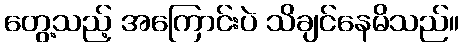
တွေ့သည့် အကြောင်းပဲ သိချင်နေမိသည်။